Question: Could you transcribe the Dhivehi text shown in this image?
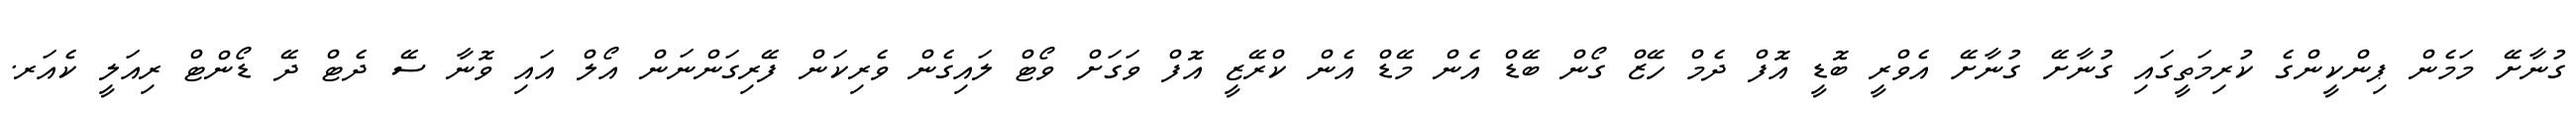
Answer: ގުނާށޭ މަމެން ޕިންކީންގެ ކުރިމަތީގައި ގުނާށޭ ގުނާށޭ އެވްރީ ބޮޑީ އޮފް ދެމް ހޭޒް ގޯން ބޭޑް އެން މޭޑް އެން ކްރޭޒީ އޮފް ވަގަށް ވޯޓް ލައިގެން ވެރިކަން ފޭރިގަންނަން އޯލް އައި ވޮނާ ސޭ ދެޓް ދޭ ޑޯންޓް ރިއަލީ ކެއަރ.